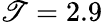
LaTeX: \mathscr{T}=2.9